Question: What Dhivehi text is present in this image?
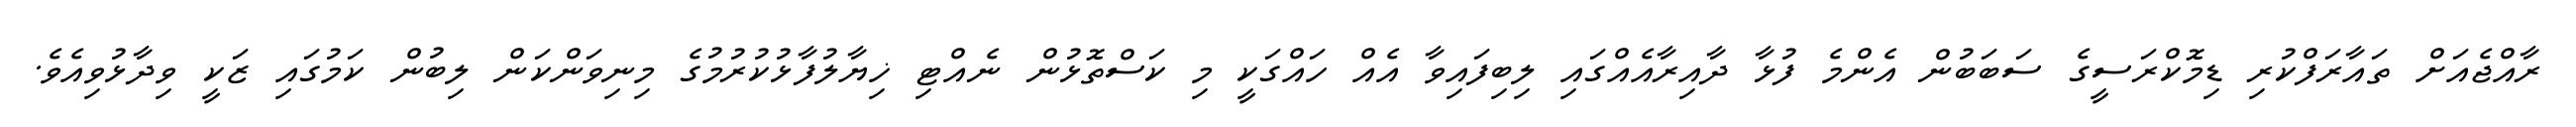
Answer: ރާއްޖެއަށް ތައާރަފްކުރި ޑިމޮކްރަސީގެ ސަބަބުން އެންމެ ފުޅާ ދާއިރާއެއްގައި ލިބިފައިވާ އެއް ހައްގަކީ މި ކަސްތޮޅުން ނެއްޓި ޚިޔާލުފާޅުކުރުމުގެ މިނިވަންކަން ލިބުން ކަމުގައި ޒަކީ ވިދާޅުވިއެވެ.